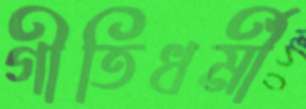
গীতিধর্মী